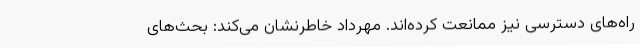
راه‌های دسترسی نیز ممانعت کرده‌اند. مهرداد خاطرنشان می‌کند: بحث‌های